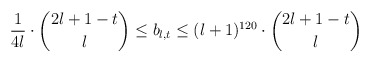
\begin{align*} \frac{1}{4l} \cdot \binom{2l+1-t}{l} \leq b_{l,t} \leq (l+1)^{120} \cdot \binom{2l+1-t}{l}\end{align*}